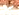
أوصى